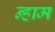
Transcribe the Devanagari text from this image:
न्हाम